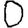
Digit: 0